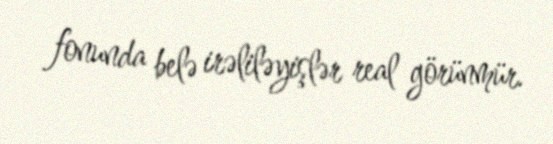
fonunda belə irəliləyişlər real görünmür.